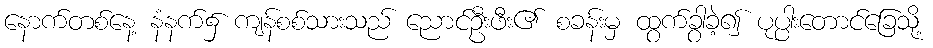
နောက်တစ်နေ့ နံနက်၌ ကျန်စစ်သားသည် ညောင်ဦးဖီး၏ စခန်းမှ ထွက်ခွာခဲ့၍ ပုပ္ပါးတောင်ခြေသို့